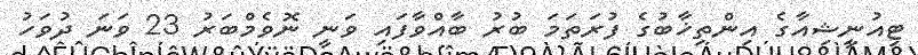
ޓިއުނީޝިއާގެ އިންތިޚާބުގެ ފުރަތަމަ ބުރު ބާއްވާފައި ވަނީ ނޮވެމްބަރު 23 ވަނަ ދުވަހު